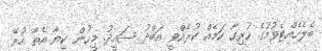
ބެލެހެއްޓެވުމުގެ ހުރިހާ ކަމެއް ކުރެއްވީ އަބްދު ސައީދު. މީހުން ކިޔާ އެތާ ހުރޭ